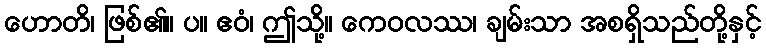
ဟောတိ၊ ဖြစ်၏။ ပ။ ဧဝံ၊ ဤသို့။ ကေဝလဿ၊ ချမ်းသာ အစရှိသည်တို့နှင့်